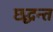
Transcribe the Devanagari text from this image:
छ्द्धन्त